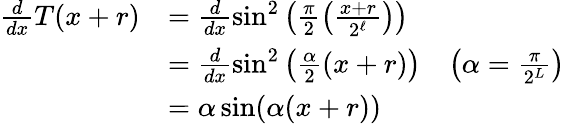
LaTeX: \begin{array}{rlr}{\frac{d}{dx}T(x+r)}&{=\frac{d}{dx}\sin^{2}\left(\frac\pi 2\left(\frac{x+r}{2^{\ell}}\right)\right)}\\ &{=\frac{d}{dx}\sin^{2}\left(\frac\alpha 2(x+r)\right)}&{\left(\alpha=\frac\pi{2^{L}}\right)}\\ &{=\alpha\sin(\alpha(x+r))}\end{array}